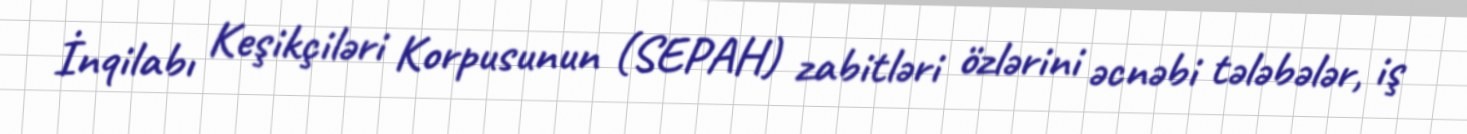
İnqilabı Keşikçiləri Korpusunun (SEPAH) zabitləri özlərini əcnəbi tələbələr, iş